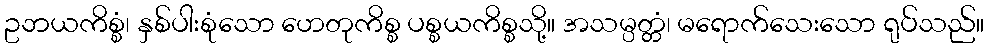
ဥဘယကိစ္စံ၊ နှစ်ပါးစုံသော ဟေတုကိစ္စ ပစ္စယကိစ္စသို့။ အသမ္ပတ္တံ၊ မရောက်သေးသော ရုပ်သည်။